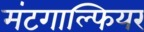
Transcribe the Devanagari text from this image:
मंटगाल्फियर